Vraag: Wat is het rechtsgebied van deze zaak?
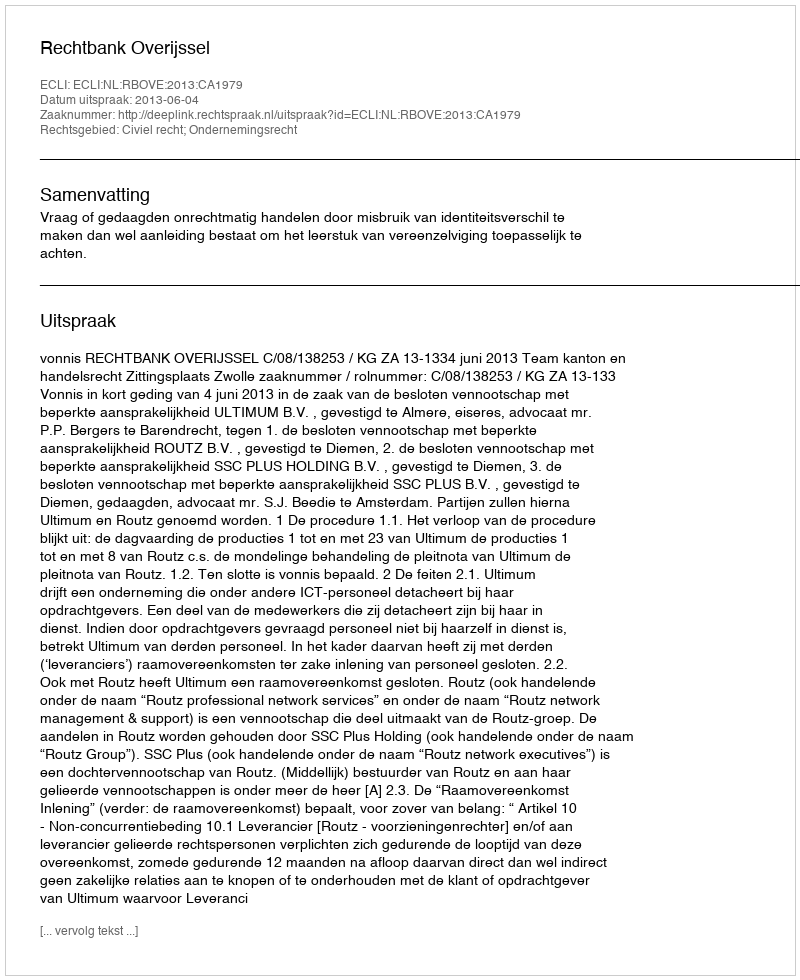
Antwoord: Civiel recht; Ondernemingsrecht